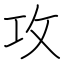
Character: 攻